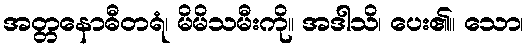
အတ္တနောဓီတရံ၊ မိမိသမီးကို။ အဒါသိ၊ ပေး၏။ သော၊